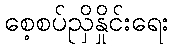
စေ့စပ်ညှိနှိုင်းရေး